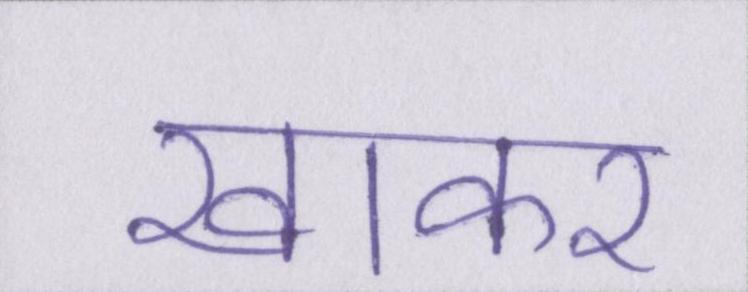
खाकर